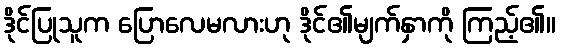
ဒိုင်ပြုသူက ပြောလေမလားဟု ဒိုင်၏မျက်နှာကို ကြည့်၏။